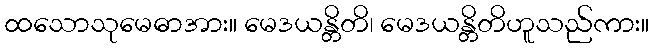
ထသောသုမေဓာအား။ မေဒယန္တိတိ၊ မေဒယန္တိတိဟူသည်ကား။